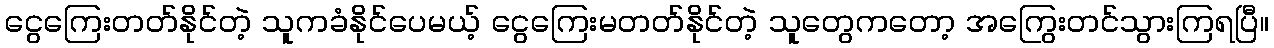
ငွေကြေးတတ်နိုင်တဲ့ သူကခံနိုင်ပေမယ့် ငွေကြေးမတတ်နိုင်တဲ့ သူတွေကတော့ အကြွေးတင်သွားကြရပြီ။